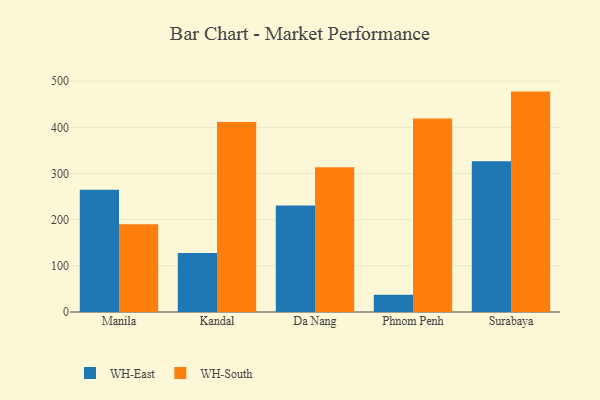
{"axis": {"x": "City", "y": "Production Output"}, "legend": ["WH-East", "WH-South"], "data": [{"x": "Manila", "y": 265.0, "type": "WH-East"}, {"x": "Manila", "y": 190.1, "type": "WH-South"}, {"x": "Kandal", "y": 127.8, "type": "WH-East"}, {"x": "Kandal", "y": 411.4, "type": "WH-South"}, {"x": "Da Nang", "y": 230.9, "type": "WH-East"}, {"x": "Da Nang", "y": 313.4, "type": "WH-South"}, {"x": "Phnom Penh", "y": 37.4, "type": "WH-East"}, {"x": "Phnom Penh", "y": 419.0, "type": "WH-South"}, {"x": "Surabaya", "y": 326.6, "type": "WH-East"}, {"x": "Surabaya", "y": 477.4, "type": "WH-South"}]}